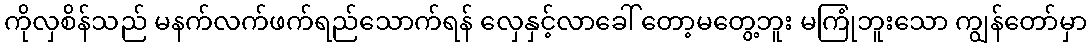
ကိုလှစိန်သည် မနက်လက်ဖက်ရည်သောက်ရန် လှေနှင့်လာခေါ် တော့မတွေ့ဘူး မကြုံဘူးသော ကျွန်တော်မှာ